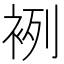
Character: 𧙷